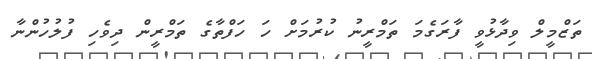
ތަޒްމީލް ވިދާޅުވީ ފާރަގެމަ ތަމްރީނު ކުރުމަށް ހަ ހަފްތާގެ ތަމްރީން ދިވެހި ފުލުހުންނާ